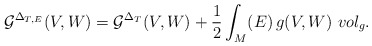
\begin{align*}\mathcal{G}^{\Delta _{T,E}}(V,W)= \mathcal{G}^{\Delta _{T}}(V,W) +\frac{1}{2} \int _{M} ( E) \, g(V,W)~vol_{g}.\end{align*}